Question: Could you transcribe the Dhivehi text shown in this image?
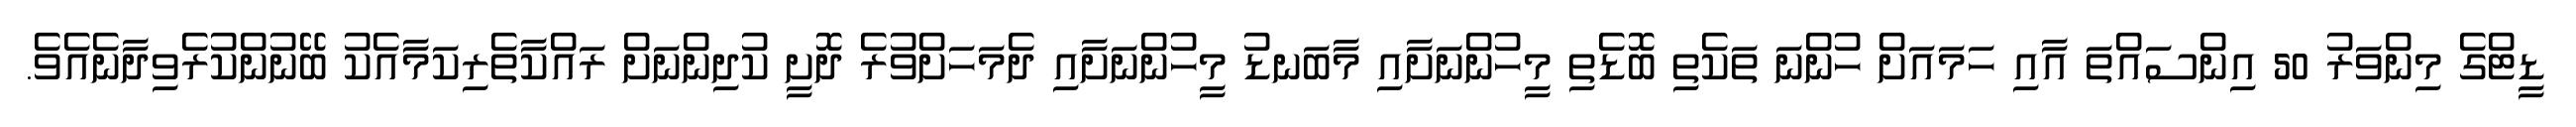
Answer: ޑީޓްގެ މިންވަރު 50 އިންސައްތަ އާއި ހަމައަށް ހުންނަ ތަކެތި ބޮޑެތި މީހުންނަށާއި މާބަނޑު މީހުންނަށާއި ދެމަހަށްވުރެ ދޮށީ ކުދިންނަށް ރައްކާތެރިކަމާއެކު ބޭނުންކުރެވިދާނެއެވެ.